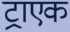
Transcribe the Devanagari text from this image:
ट्राएक